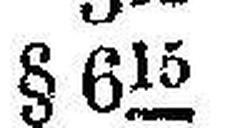
§ 615